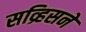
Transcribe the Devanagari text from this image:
सव्र्हिसने